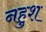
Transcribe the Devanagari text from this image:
नहुश